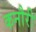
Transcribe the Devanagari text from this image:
कनौरी